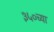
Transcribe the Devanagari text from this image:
३५०च्या